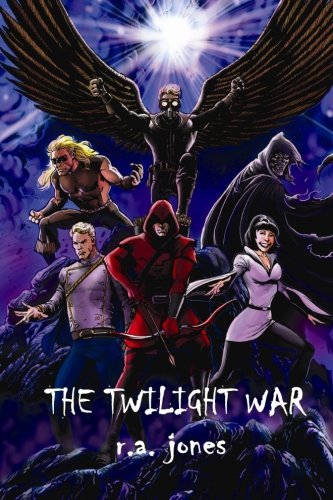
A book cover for The Twilight War (The Steel Ring) (Volume 2); R. A. Jones; Science Fiction & Fantasy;